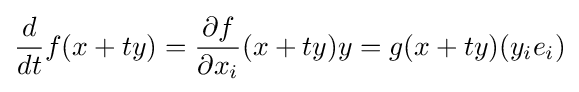
{\frac {d}{dt}}f(x+ty)={\frac {\partial f}{\partial x_{i}}}(x+ty)y=g(x+ty)(y_{i}e_{i})